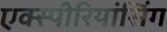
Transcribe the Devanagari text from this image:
एक्स्पीरियांसिंग